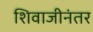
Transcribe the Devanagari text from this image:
शिवाजीनंतर